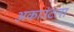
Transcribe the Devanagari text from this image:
अकाउंटला